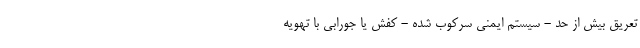
تعریق بیش از حد - سیستم ایمنی سرکوب شده - کفش یا جورابی با تهویه